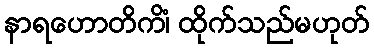
နာရဟောတိကိံ၊ ထိုက်သည်မဟုတ်